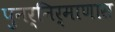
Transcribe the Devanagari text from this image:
पुनर्निर्माणास